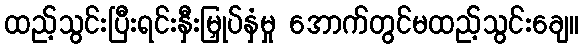
ထည့်သွင်းပြီးရင်းနှီးမြှုပ်နှံမှု အောက်တွင်မထည့်သွင်းချေ။